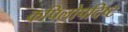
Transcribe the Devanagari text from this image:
कपिलोपदिष्ट